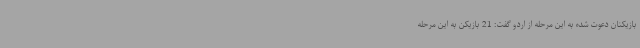
بازیکنان دعوت شده به این مرحله از اردو گفت: 21 بازیکن به این مرحله